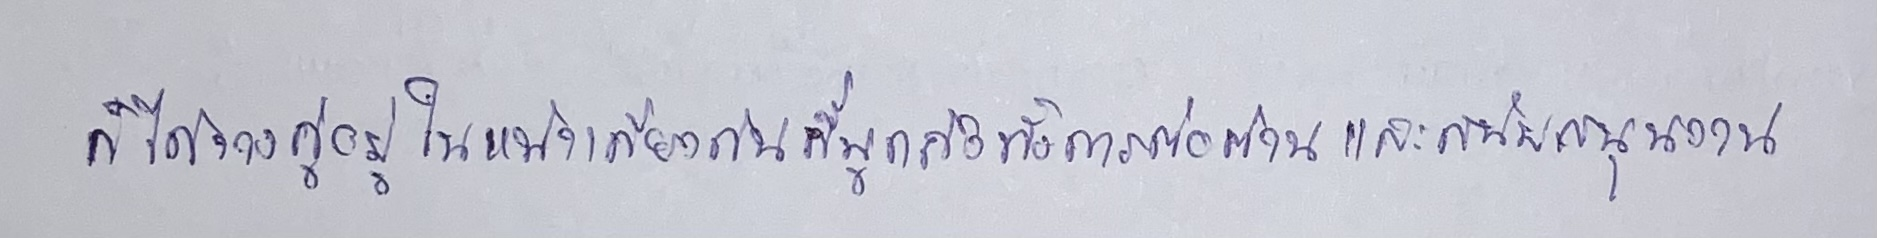
ก็ได้วางคู่อยู่ในหน้าเดียวกันที่พูดถึงทั้งการต่อต้านและสนับสนุนงาน